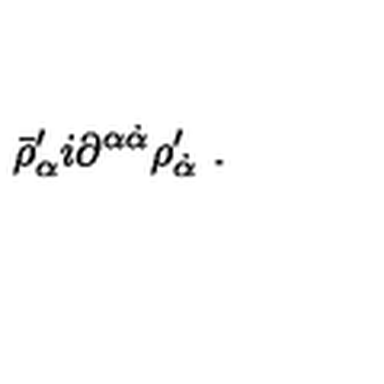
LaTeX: \bar { \rho } _ { \alpha } ^ { \prime } i \partial ^ { \alpha \dot { \alpha } } \rho _ { \dot { \alpha } } ^ { \prime } \ .